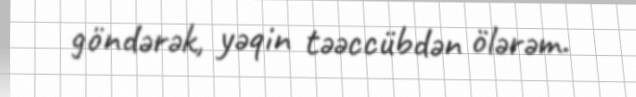
göndərək, yəqin təəccübdən ölərəm.